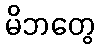
မိဘတွေ